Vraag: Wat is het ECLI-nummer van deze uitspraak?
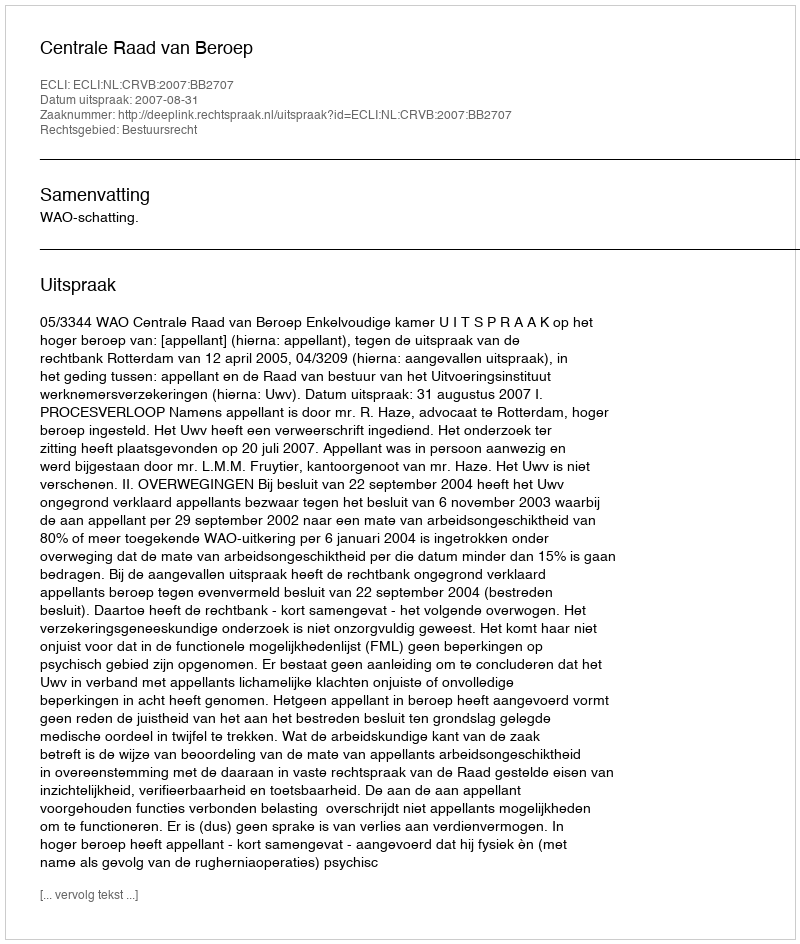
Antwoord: ECLI:NL:CRVB:2007:BB2707